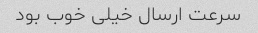
سرعت ارسال خیلی خوب بود